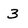
Character: 3